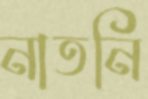
নাতনি